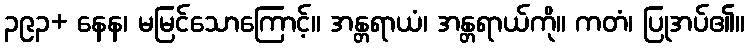
၃၉၃+ နေန၊ မမြင်သောကြောင့်။ အန္တရာယံ၊ အန္တရာယ်ကို။ ကတံ၊ ပြုအပ်၏။